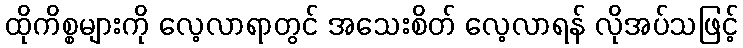
ထိုကိစ္စများကို လေ့လာရာတွင် အသေးစိတ် လေ့လာရန် လိုအပ်သဖြင့်